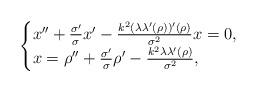
LaTeX: \begin{align*}\begin{cases}x''+\frac{\sigma'}{\sigma}x'-\frac{k^2(\lambda\lambda'(\rho))'(\rho)}{\sigma^2}x=0,\\x=\rho''+\frac{\sigma'}{\sigma}\rho'-\frac{k^2\lambda\lambda'(\rho)}{\sigma^2},\end{cases}\end{align*}